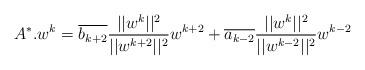
LaTeX: \begin{align*} A^*.w^k=\overline{b_{k+2}}\frac{||w^k||^2}{||w^{k+2}||^2}w^{k+2}+ \overline{a_{k-2}}\frac{||w^k||^2}{||w^{k-2}||^2}w^{k-2}\end{align*}